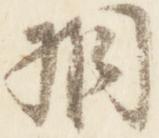
相